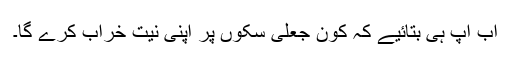
اب آپ ہی بتائیے کہ کون جعلی سکوں پر اپنی نیت خراب کرے گا۔